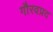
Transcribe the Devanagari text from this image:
गौरवप्रद